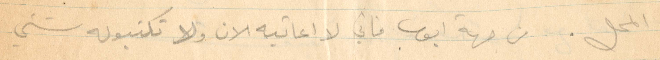
المحل. من جهة أيوب فاني لا اعاتبه الان ولا تكتبو له شيء